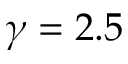
\gamma = 2 . 5